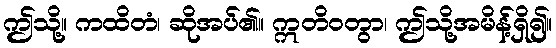
ဤသို့။ ကထိတံ၊ ဆိုအပ်၏။ ဣတိဝတွာ၊ ဤသို့အမိန့်ရှိ၍။